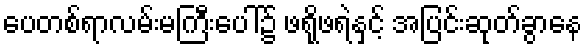
ပေတစ်ရာလမ်းမကြီးပေါ်၌ ဖရိုဖရဲနှင့် အပြင်းဆုတ်ခွာနေ